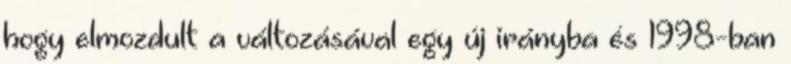
hogy elmozdult a változásával egy új irányba és 1998-ban